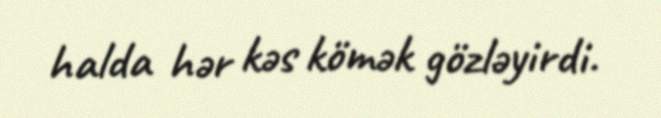
halda hər kəs kömək gözləyirdi.